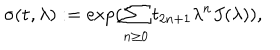
\sigma ( { \bf t } , \lambda ) : = \exp ( \sum _ { n \geq 0 } t _ { 2 n + 1 } \lambda ^ { n } J ( \lambda ) ) ,